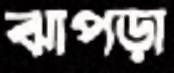
ঝাপড়া